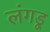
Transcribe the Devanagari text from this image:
लंगडू